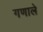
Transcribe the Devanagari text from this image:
गणाले